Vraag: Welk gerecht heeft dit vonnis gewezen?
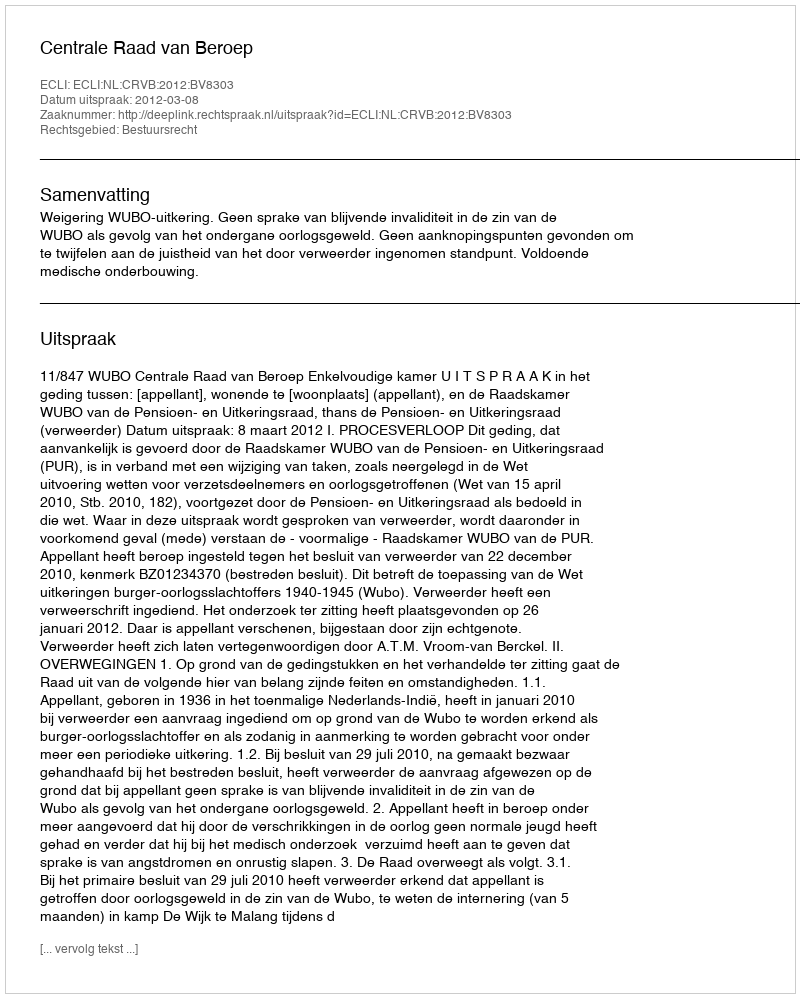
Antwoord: Centrale Raad van Beroep